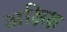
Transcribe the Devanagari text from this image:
अक्षिक्ष